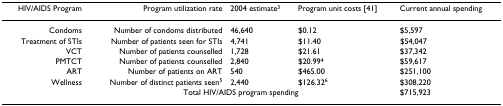
<table><thead><tr><td><b>HIV/AIDS Program</b></td><td><b>Program utilization rate</b></td><td><b>2004 estimate<sup>3</sup></b></td><td><b>Program unit costs [41]</b></td><td><b>Current annual spending</b></td></tr></thead><tbody><tr><td>Condoms</td><td>Number of condoms distributed</td><td>46,640</td><td>$0.12</td><td>$5,597</td></tr><tr><td>Treatment of STIs</td><td>Number of patients seen for STIs</td><td>4,741</td><td>$11.40</td><td>$54,047</td></tr><tr><td>VCT</td><td>Number of patients counselled</td><td>1,728</td><td>$21.61</td><td>$37,342</td></tr><tr><td>PMTCT</td><td>Number of patients counselled</td><td>2,840</td><td>$20.99<sup>4</sup></td><td>$59,617</td></tr><tr><td>ART</td><td>Number of patients on ART</td><td>540</td><td>$465.00</td><td>$251,100</td></tr><tr><td>Wellness</td><td>Number of distinct patients seen<sup>5</sup></td><td>2,440</td><td>$126.32<sup>6</sup></td><td>$308,220</td></tr><tr><td></td><td colspan="3">Total HIV/AIDS program spending</td><td>$715,923</td></tr></tbody></table>